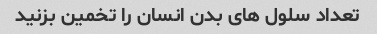
تعداد سلول های بدن انسان را تخمین بزنید